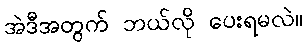
အဲဒီအတွက် ဘယ်လို ပေးရမလဲ။